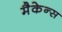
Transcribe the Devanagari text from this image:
मैकेन्स